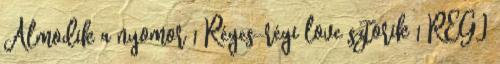
Álmodik a nyomor 1 Réges-régi love sztorik 1 RÉGI